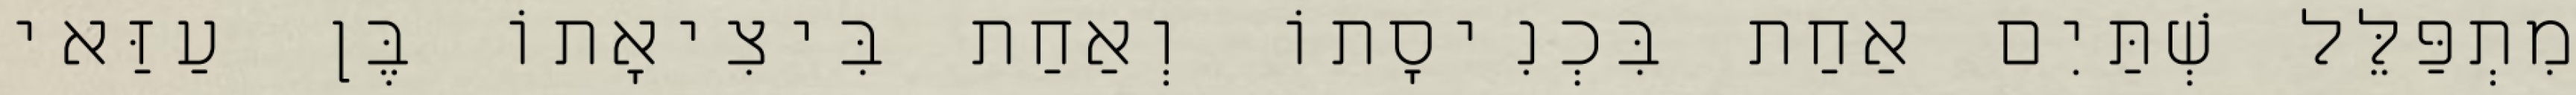
מִתְפַּלֵּל שְׁתַּיִם אַחַת בִּכְנִיסָתוֹ וְאַחַת בִּיצִיאָתוֹ בֶּן עַזַּאי